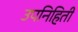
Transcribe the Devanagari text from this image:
उपनिहिती